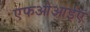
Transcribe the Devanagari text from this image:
एफओआईए